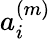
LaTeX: a_{i}^{(m)}